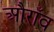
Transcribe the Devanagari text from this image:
औराँव